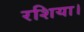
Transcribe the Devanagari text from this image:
रशिया।